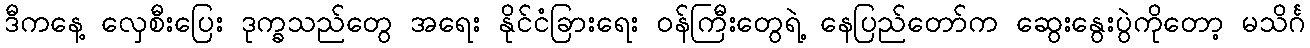
ဒီကနေ့ လှေစီးပြေး ဒုက္ခသည်တွေ အရေး နိုင်ငံခြားရေး ဝန်ကြီးတွေရဲ့ နေပြည်တော်က ဆွေးနွေးပွဲကိုတော့ မသိင်္ဂ